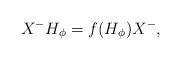
LaTeX: \begin{align*}X^{-}H_{\phi}=f(H_{\phi})X^{-},\end{align*}